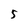
Character: 5